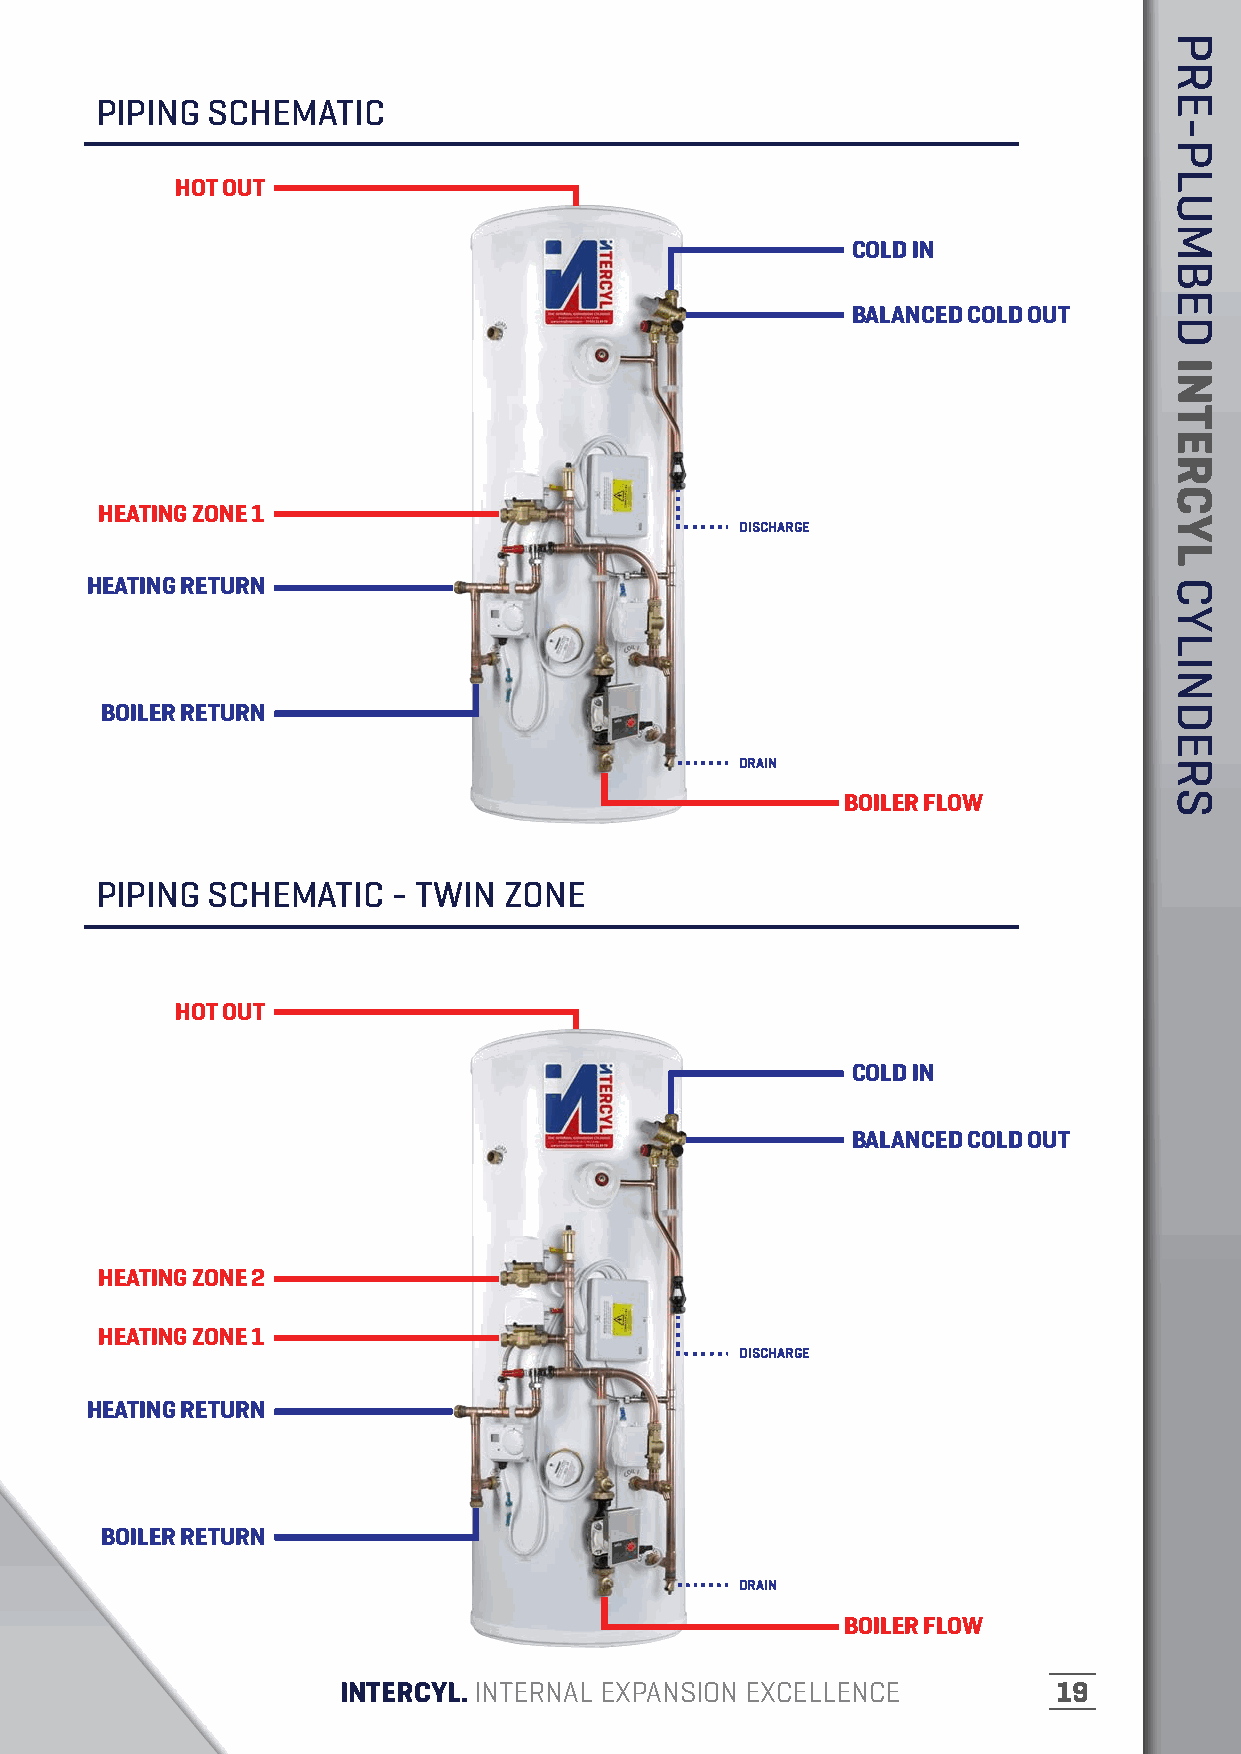
PIPING  SCHEMATIC
 HOT OUT
 COLD IN
 BALANCED COLD OUT
 HEATING ZONE 1
 DISCHARGE
 HEATING RETURN
 BOILER RETURN
 DRAIN
 BOILER FLOW
 PIPING  SCHEMATIC   - TWIN ZONE
 HOT OUT
 COLD IN
 BALANCED COLD OUT
 HEATING ZONE 2
 HEATING ZONE 1
 DISCHARGE
 HEATING RETURN
 BOILER RETURN
 DDRRAAIINN
 BOILER FLOW
 11                 INTERCYL. INTERNAL EXPANSION EXCELLENCE        19
 PRE-PLUMBED
 INTERCYL
 CYLINDERS